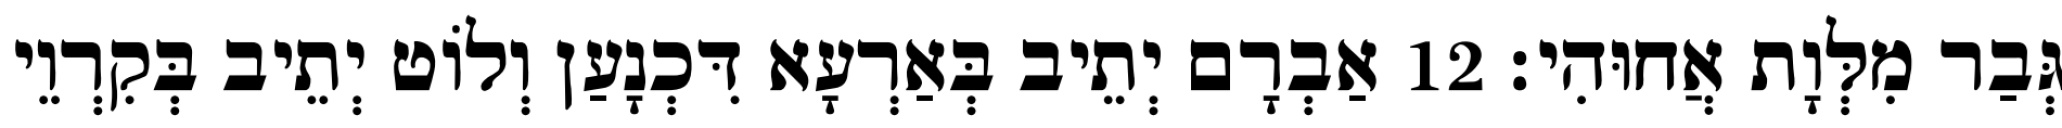
גְּבַר מִלְּוָת אֲחוּהִי׃ 12 אַבְרָם יְתֵיב בְּאַרְעָא דִּכְנָעַן וְלוֹט יְתֵיב בְּקִרְוֵי